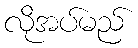
လိုအပ်မည်